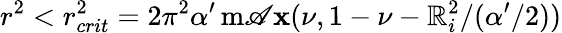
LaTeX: r^{2}<r_{crit}^{2}=2\pi^{2}\alpha^{\prime}\operatorname*{m\mathscr{A}\mathbf{x}}(\nu,1-\nu-\mathbb{R}_{i}^{2}/(\alpha^{\prime}/2))